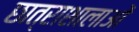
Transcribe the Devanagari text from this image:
छात्राशालाओं